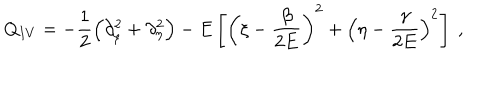
Q _ { I V } = - \frac { 1 } { 2 } \left( \partial _ { \xi } ^ { 2 } + \partial _ { \eta } ^ { 2 } \right) - E \left[ \left( \xi - \frac { \beta } { 2 E } \right) ^ { 2 } + \left( \eta - \frac { \gamma } { 2 E } \right) ^ { 2 } \right] \ ,